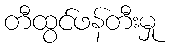
တီထွင်ဖန်တီးမှု